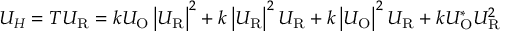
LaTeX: U _ { H } = T U _ { \mathrm { R } } = k U _ { \mathrm { O } } \left| U _ { \mathrm { R } } \right| ^ { 2 } + k \left| U _ { \mathrm { R } } \right| ^ { 2 } U _ { \mathrm { R } } + k \left| U _ { \mathrm { O } } \right| ^ { 2 } U _ { \mathrm { R } } + k U _ { \mathrm { O } } ^ { * } U _ { \mathrm { R } } ^ { 2 }